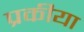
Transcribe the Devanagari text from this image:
प्रकीया